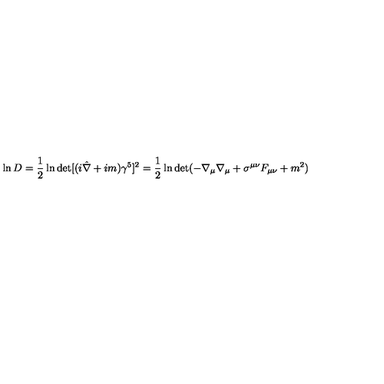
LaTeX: \ln D = \frac { 1 } { 2 } \ln \det [ ( i \hat { \nabla } + i m ) \gamma ^ { 5 } ] ^ { 2 } = \frac { 1 } { 2 } \ln { \det } ( - \nabla _ { \mu } \nabla _ { \mu } + \sigma ^ { \mu \nu } F _ { \mu \nu } + m ^ { 2 } ) \label 5